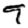
Digit: 9